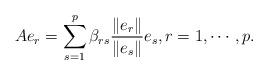
LaTeX: \begin{align*} A e_r = \sum_{s=1}^p\beta_{rs} {\|e_r\|\over \|e_s\|}e_s,r=1, \cdots, p. \end{align*}